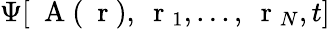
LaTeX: \Psi[\mathrm{~\mathbf~A~}(\mathrm{~\mathbf~r~}),\mathrm{~\mathbf~r~}_{1},...,\mathrm{~\mathbf~r~}_{N},t]